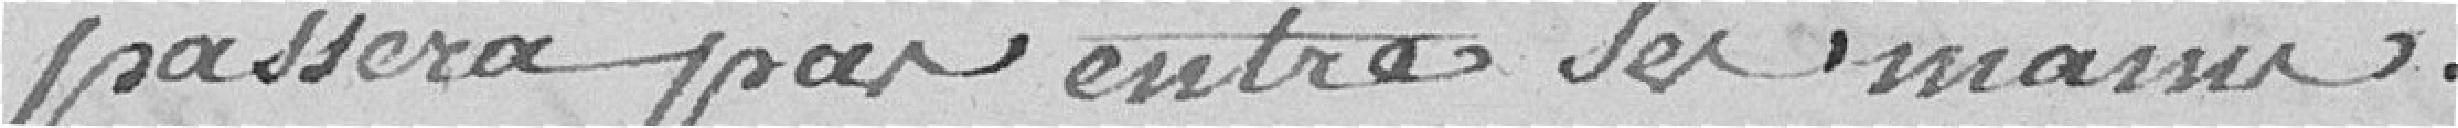
passera pas entre ses mains.